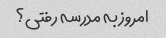
امروز به مدرسه رفتی؟